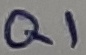
Text: Q1